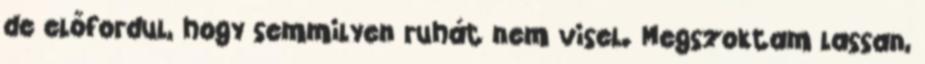
de előfordul, hogy semmilyen ruhát nem visel. Megszoktam lassan,